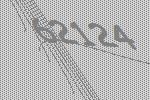
62124